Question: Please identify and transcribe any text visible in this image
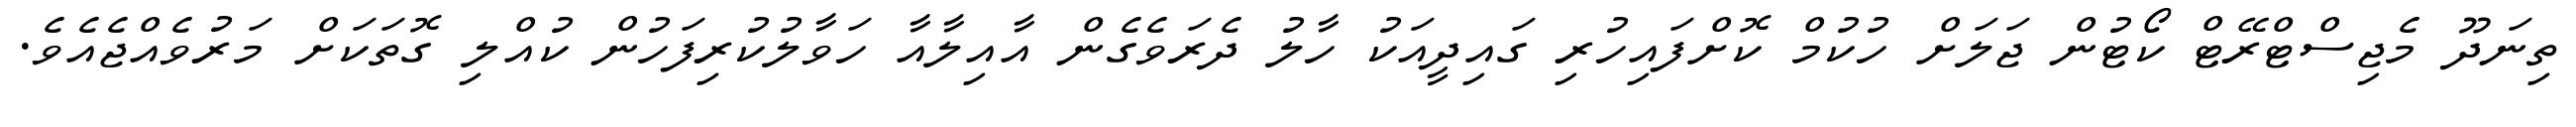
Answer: ތިނަދޫ މެޖިސްޓްރޭޓް ކޯޓުން ޖަލަށް ހުކުމް ކޮށްފައިހުރި ގައިދީއަކު ހާލު ދެރަވެގެން އާއިލާއާ ހަވާލުކުރިފަހުން ކުއްލި ގޮތަކަށް މަރުވެއްޖެއެވެ.